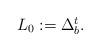
LaTeX: \begin{align*}\begin{array}{c}L_{0}:=\Delta _{b}^{t}.\end{array}\end{align*}